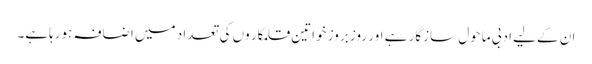
ان کےلیے ادبی ماحول سازگار ہے اور روز بروز خواتین قلمکار وں کی تعداد میں اضافہ ہورہاہے۔